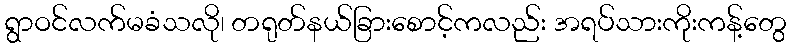
ရွာဝင်လက်မခံသလို၊ တရုတ်နယ်ခြားစောင့်ကလည်း အရပ်သားကိုးကန့်တွေ